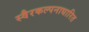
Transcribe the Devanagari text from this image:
स्वैरकल्पनाधारित